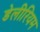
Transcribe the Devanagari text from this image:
डेलीरियम